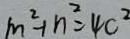
m ^ { 2 } + n ^ { 2 } = 4 c ^ { 2 }